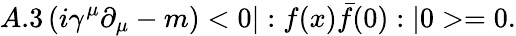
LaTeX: A.3\left(i\gamma^{\mu}\partial_{\mu}-m\right)<0|:f(x)\bar{f}(0):|0>=0.